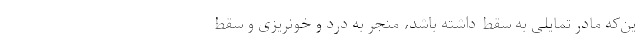
ین‌‌که مادر تمایلی به سقط داشته باشد، منجر به درد و خونریزی و سقط